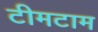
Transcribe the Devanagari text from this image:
टीमटाम